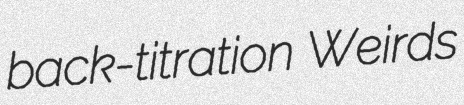
back-titration Weirds